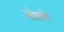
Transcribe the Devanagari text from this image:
सोलणे